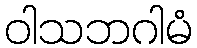
ဝါသဘဂါမံ